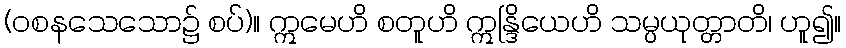
(ဝစနသေသော၌ စပ်)။ ဣမေဟိ စတူဟိ ဣန္ဒြိယေဟိ သမ္ပယုတ္တာတိ၊ ဟူ၍။